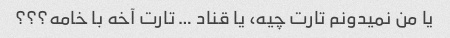
یا من نمیدونم تارت چیه، یا قناد … تارت آخه با خامه؟؟؟